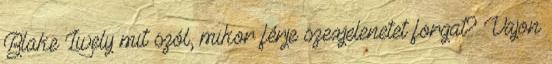
Blake Lively mit szól, mikor férje szexjelenetet forgat? Vajon